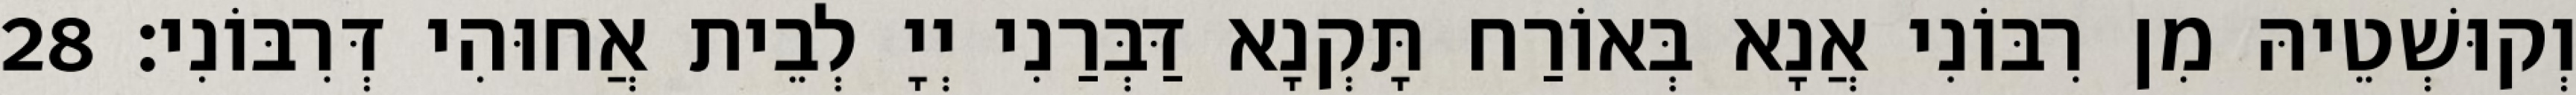
וְקוּשְׁטֵיהּ מִן רִבּוֹנִי אֲנָא בְּאוֹרַח תָּקְנָא דַּבְּרַנִי יְיָ לְבֵית אֲחוּהִי דְּרִבּוֹנִי׃ 28